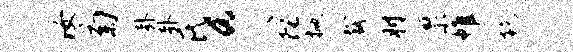
汝菊卦卦氏a爪陀掀裁肘禀帷乾